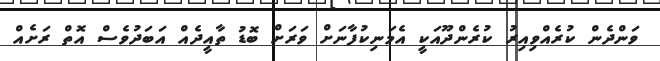
ވަންދެން ކުރެއްވިއިރު ކުރެންދޫއަކީ އެމަނިކުފާނަށް ވަރަށް ބޮޑު ތާއީދެއް އަބަދުވެސް އޮތް ރަށެއް